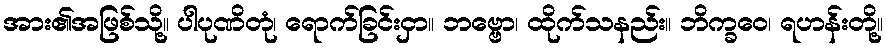
အား၏အဖြစ်သို့။ ပါပုဏိတုံ၊ ရောက်ခြင်းငှာ။ ဘဗ္ဗော၊ ထိုက်သနည်း။ ဘိက္ခဝေ၊ ရဟန်းတို့။